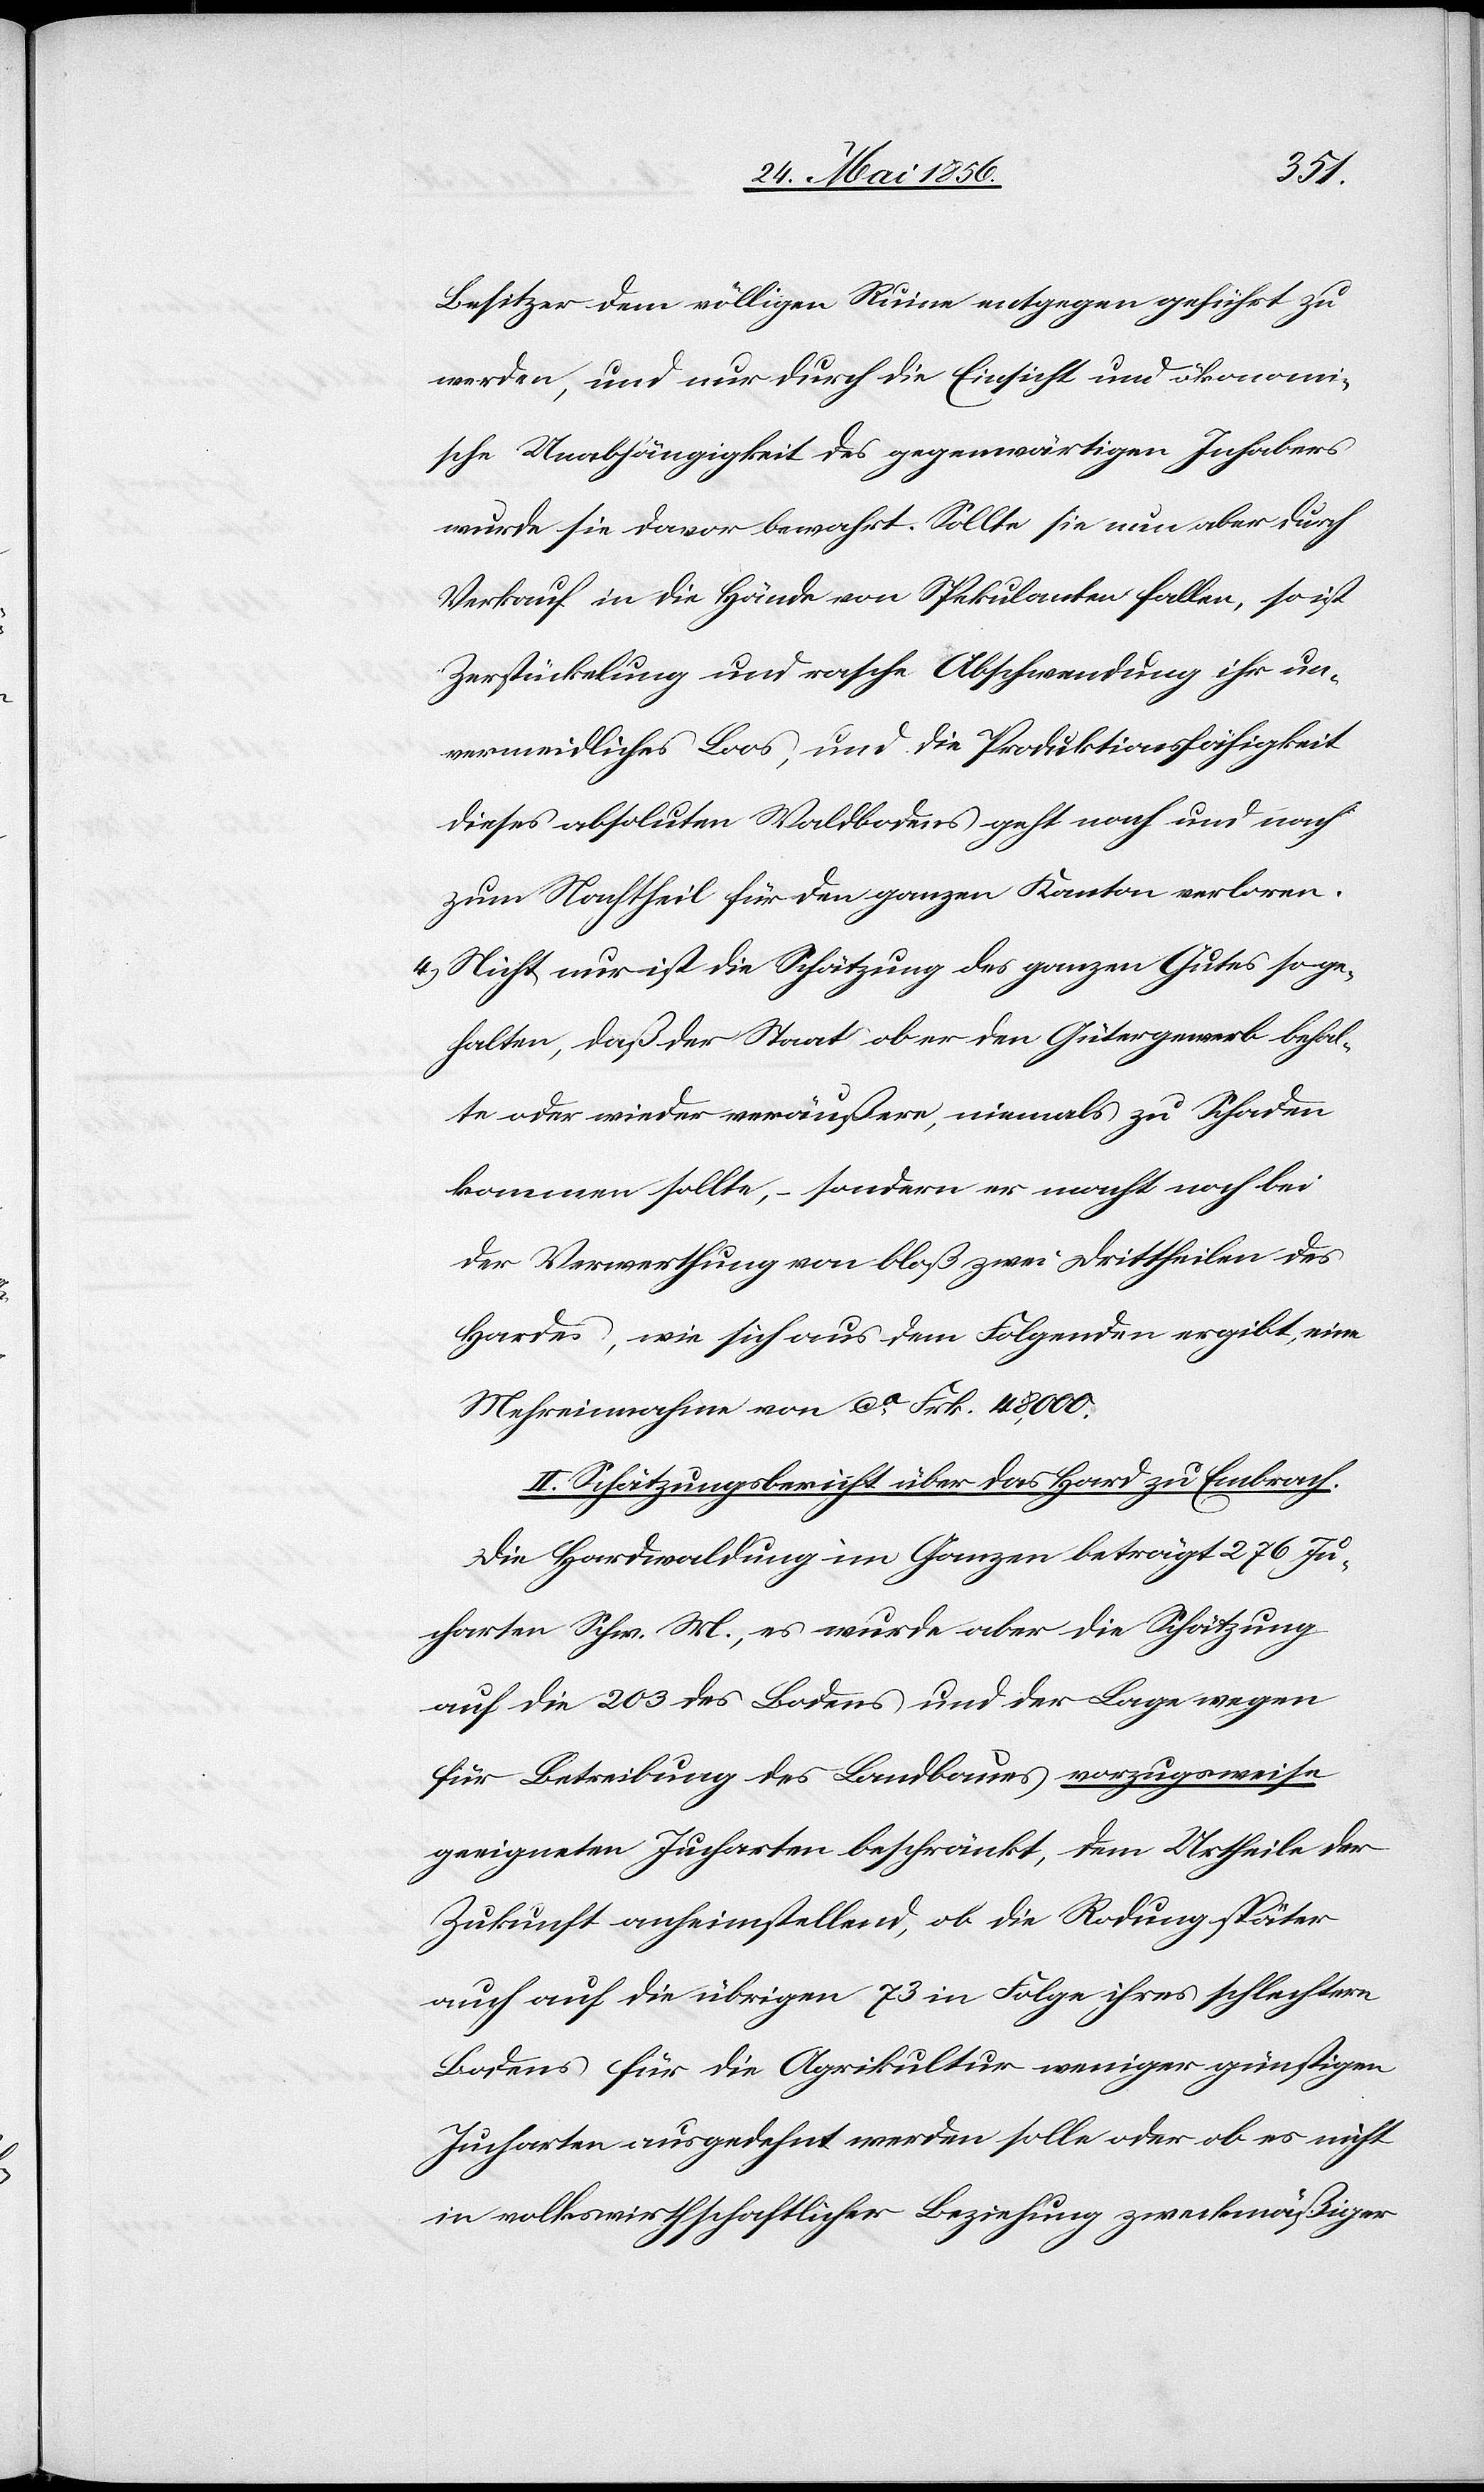
Besitzer dem völligen Ruine entgegen geführt zu
werden, und nur durch die Einsicht und ökonomi¬
sche Unabhängigkeit des gegenwärtigen Inhabers
wurde sie davor bewahrt. Sollte sie nun aber durch
Verkauf in die Hände von Spekulanten fallen, so ist
Zerstückelung und rasche Abschwendung ihr un¬
vermeidliches Loos, und die Produktionsfähigkeit
dieses absoluten Waldbodens geht nach und nach
zum Nachtheil für den ganzen Kanton verloren.
4.) Nicht nur ist die Schätzung des ganzen Gutes soge¬
halten [sic!], daß der Staat ob er den Gütergewerb behal¬
te oder wieder veräußere, niemals zu Schaden
kommen sollte, – sondern er macht noch bei
der Verwerthung von bloß zwei Drittheilen des
Hardes, wie sich aus dem Folgenden ergibt, eine
Mehreinnahme von ca Frk. 48,000.
II. Schätzungsbericht über das Hard zu Embrach.
Die Hardwaldung im Ganzen beträgt 276 Ju¬
charten Schw. M., es wurde aber die Schätzung
auf die 203 des Bodens und der Lage wegen
für Betreibung des Landbaues vorzugsweise
geeigneten Jucharten beschränkt, dem Urtheile der
Zukunft anheimstellend, ob die Rodung später
auch auf die übrigen 73 in Folge ihres schlechtern
Bodens für die Agrikultur weniger günstigen
Jucharten ausgedehnt werden solle oder ob es nicht
in volkswirthschaftlicher Beziehung zweckmäßiger